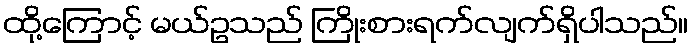
ထို့ကြောင့် မယ်ဥသည် ကြိုးစားရက်လျက်ရှိပါသည်။